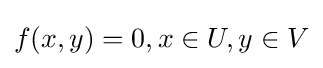
f(x,y)=0,x\in U,y\in V